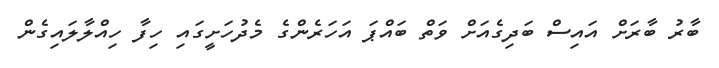
ބާރު ބާރަށް އައިސް ބަދިގެއަށް ވަތް ބައްޕަ އަހަރެންގެ މެދުހަށީގައި ހިފާ ހިއްލާލައިގެން